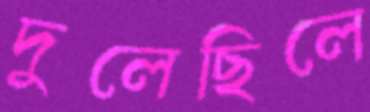
দুলেছিলে